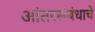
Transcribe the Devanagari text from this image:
आंतरसंबंधाचे